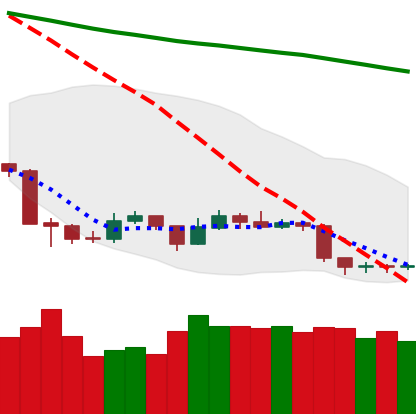
Ticker: TRX-USD
Chart end date: 2019-09-01
Forward return: -8.762%
Label: down_7plus